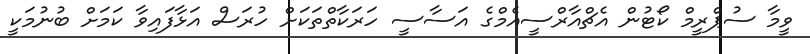
ވީމާ ސުޕްރީމް ކޯޓުން އެޗްއާރްސީއެމްގެ އަސާސީ ހަރަކާތްތަކަށް ހުރަސް އަޅާފައިވާ ކަމަށް ބުނުމަކީ